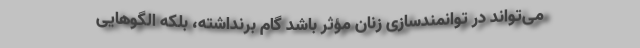
می‌تواند در توانمندسازی زنان مؤثر باشد گام برنداشته، بلکه الگوهایی